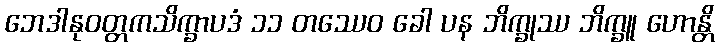
ဘေဒါနုဝတ္တကသိက္ခာပဒံ ၁၁ တဿေဝ ခေါ ပန ဘိက္ခုဿ ဘိက္ခူ ဟောန္တိ